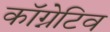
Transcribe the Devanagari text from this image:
कॉग्नेटिव